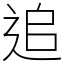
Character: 追